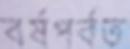
বর্ষপর্বত